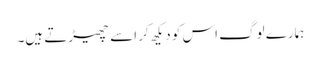
ہمارے لوگ اس کو دیکھ کر اسے چھیڑتے ہیں۔